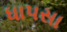
ધાપસા